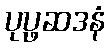
ပုပ္ဖဆဒနံ